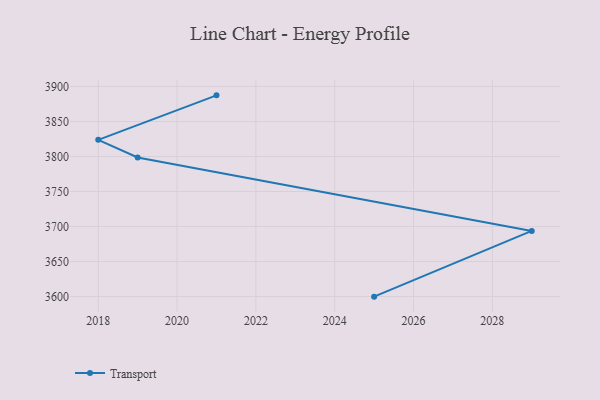
{"axis": {"x": "Year", "y": "LTV (USD)"}, "legend": ["Transport"], "data": [{"x": "2025", "y": 3599.8, "type": "Transport"}, {"x": "2029", "y": 3693.7, "type": "Transport"}, {"x": "2019", "y": 3798.7, "type": "Transport"}, {"x": "2018", "y": 3823.8, "type": "Transport"}, {"x": "2021", "y": 3887.4, "type": "Transport"}]}